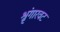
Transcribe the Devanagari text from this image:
श्रृंगारवट